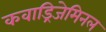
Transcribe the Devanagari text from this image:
कवाड्रिजेमिनल